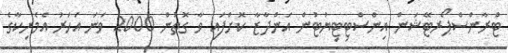
ޓްރާންސްޕޯރޓޭޝަން އިންސްޓިޓިޔުޓުން އަންދާޒާ ކޮށްފައި ވާ ގޮތުން 2000 ވަނަ އަހަރު އެމެރިކާގެ